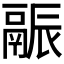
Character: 𬴶